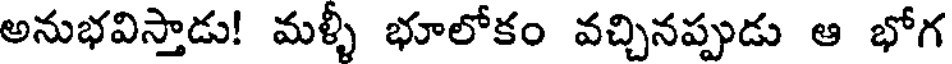
అనుభవిస్తాడు! మళ్ళీ భూలోకం వచ్చినప్పుడు ఆ భోగ